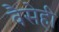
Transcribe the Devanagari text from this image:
वैसेही